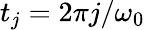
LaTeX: t_{j}=2\pi j/\omega_{0}